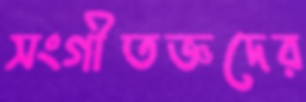
সংগীতজ্ঞদের